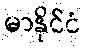
မာနိုင်ငံ